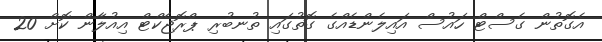
އެގޮތުން ގެސްޓް ހައުސް އައިލެންޑެއްގެ ގޮތުގައި ތުނބުރި ޕްރޮޖެކްޓް އިއުލާން ކޮށް 20